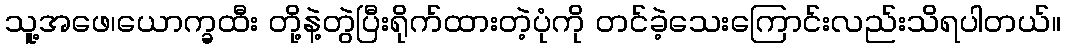
သူ့အဖေ၊ယောက္ခထီး တို့နဲ့တွဲပြီးရိုက်ထားတဲ့ပုံကို တင်ခဲ့သေးကြောင်းလည်းသိရပါတယ်။